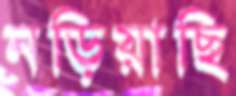
নড়িয়াছি